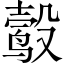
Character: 𬆮